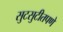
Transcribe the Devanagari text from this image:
सुटसुटीतपणे